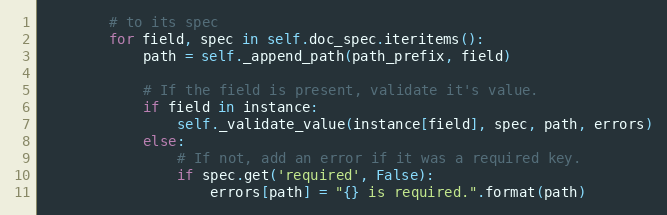
Language: Python
        # to its spec
        for field, spec in self.doc_spec.iteritems():
            path = self._append_path(path_prefix, field)

            # If the field is present, validate it's value.
            if field in instance:
                self._validate_value(instance[field], spec, path, errors)
            else:
                # If not, add an error if it was a required key.
                if spec.get('required', False):
                    errors[path] = "{} is required.".format(path)